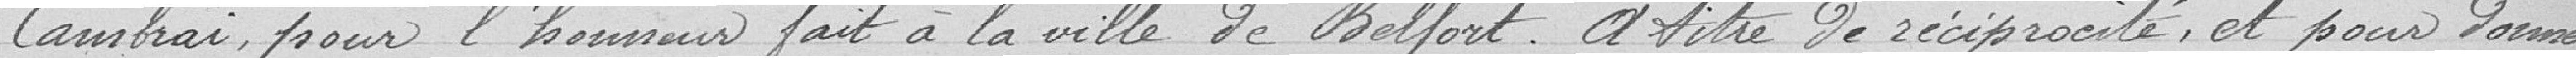
Cambrai pour l'honneur fait à la ville de Belfort. A titre de réciprocité, et pour donner